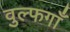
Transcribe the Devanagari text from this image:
वुल्फगाँ